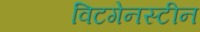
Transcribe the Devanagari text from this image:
विटगेनस्टीन